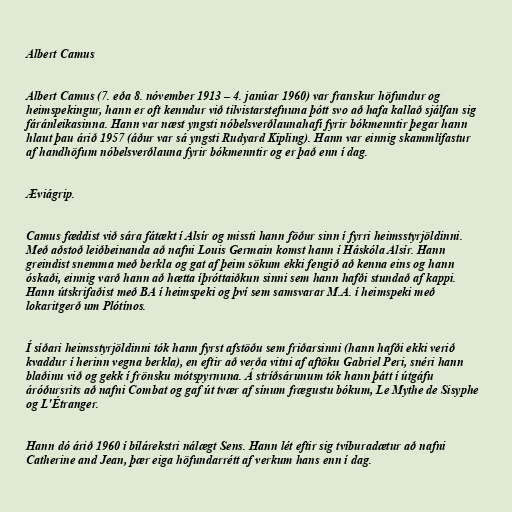
Albert Camus

Albert Camus (7. eða 8. nóvember 1913 – 4. janúar 1960) var franskur höfundur og
heimspekingur, hann er oft kenndur við tilvistarstefnuna þótt svo að hafa kallað sjálfan sig
fáránleikasinna. Hann var næst yngsti nóbelsverðlaunahafi fyrir bókmenntir þegar hann
hlaut þau árið 1957 (áður var sá yngsti Rudyard Kipling). Hann var einnig skammlífastur
af handhöfum nóbelsverðlauna fyrir bókmenntir og er það enn í dag.

Æviágrip.

Camus fæddist við sára fátækt í Alsír og missti hann föður sinn í fyrri heimsstyrjöldinni.
Með aðstoð leiðbeinanda að nafni Louis Germain komst hann í Háskóla Alsír. Hann
greindist snemma með berkla og gat af þeim sökum ekki fengið að kenna eins og hann
óskaði, einnig varð hann að hætta íþróttaiðkun sinni sem hann hafði stundað af kappi.
Hann útskrifaðist með BA í heimspeki og því sem samsvarar M.A. í heimspeki með
lokaritgerð um Plótínos.

Í síðari heimsstyrjöldinni tók hann fyrst afstöðu sem friðarsinni (hann hafði ekki verið
kvaddur í herinn vegna berkla), en eftir að verða vitni af aftöku Gabriel Peri, snéri hann
blaðinu við og gekk í frönsku mótspyrnuna. Á stríðsárunum tók hann þátt í útgáfu
áróðursrits að nafni Combat og gaf út tvær af sínum frægustu bókum, Le Mythe de Sisyphe
og L'Étranger.

Hann dó árið 1960 í bílárekstri nálægt Sens. Hann lét eftir sig tvíburadætur að nafni
Catherine and Jean, þær eiga höfundarrétt af verkum hans enn í dag.